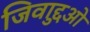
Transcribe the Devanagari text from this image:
जिवाद्दुओ